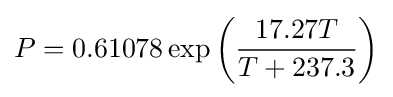
P=0.61078\exp \left({\frac {17.27T}{T+237.3}}\right)